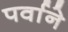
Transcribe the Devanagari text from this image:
पर्वाने